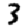
Digit: 3